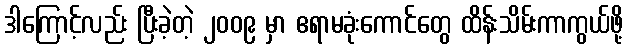
ဒါကြောင့်လည်း ပြီးခဲ့တဲ့ ၂၀၀၉ မှာ ဧရာမခုံးကောင်တွေ ထိန်းသိမ်းကာကွယ်ဖို့